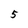
Character: 5